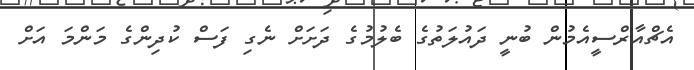
އެޗްއާރްސީއެމުން ބުނީ ދައުލަތުގެ ބެލުމުގެ ދަށަށް ނެގި ފަސް ކުދިންގެ މަންމަ އަށް